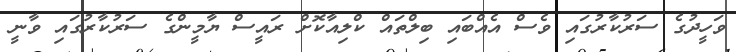
ވަހީދުގެ ސަރުކާރުގައި ވެސް އެއްބައި ބިލްތައް ކްލިއާކޮށް ރައީސް ޔާމީންގެ ސަރުކާރުގައި ވާނީ